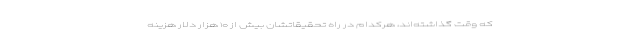
که وقت گذاشته‌اند، هرکدام در راه تحقیقاتشان بیش از ۱۰ هزار دلار هزینه